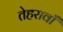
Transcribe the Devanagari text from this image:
तेहरावाँ